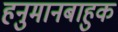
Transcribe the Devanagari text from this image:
हनुमानबाहुक